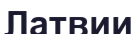
Латвии